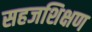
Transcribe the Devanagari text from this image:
सहजशिक्षण